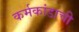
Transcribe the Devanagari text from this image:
कर्मकांडाची